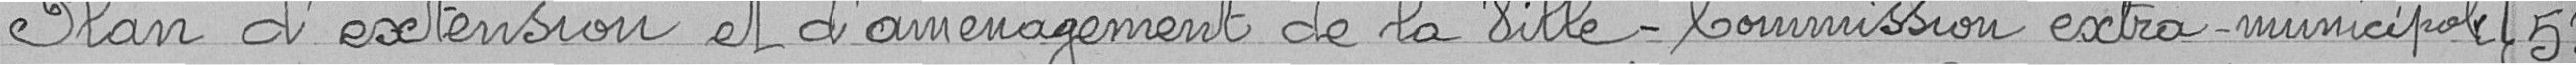
Plan d'extension et aménagement de la Ville - Commission extra-municipale